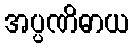
အပ္ပဏိဓာယ